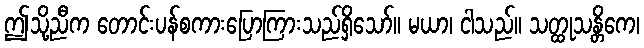
ဤသို့ညီက တောင်းပန်စကားပြောကြားသည်ရှိသော်။ မယာ၊ ငါသည်။ သတ္ထုသန္တိကေ၊